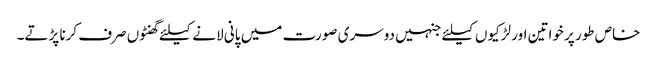
خاص طور پر خواتین اور لڑکیوں کیلئے جنہیں دوسری صورت میں پانی لانے کیلئے گھنٹوں صرف کرنا پڑتے۔